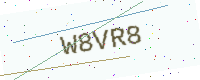
Text: W8VR8